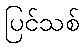
ပြင်သစ်